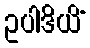
ဥပါဒိယိံ